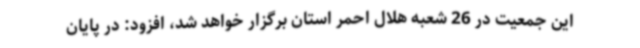
این جمعیت در 26 شعبه هلال احمر استان برگزار خواهد شد، افزود: در پایان